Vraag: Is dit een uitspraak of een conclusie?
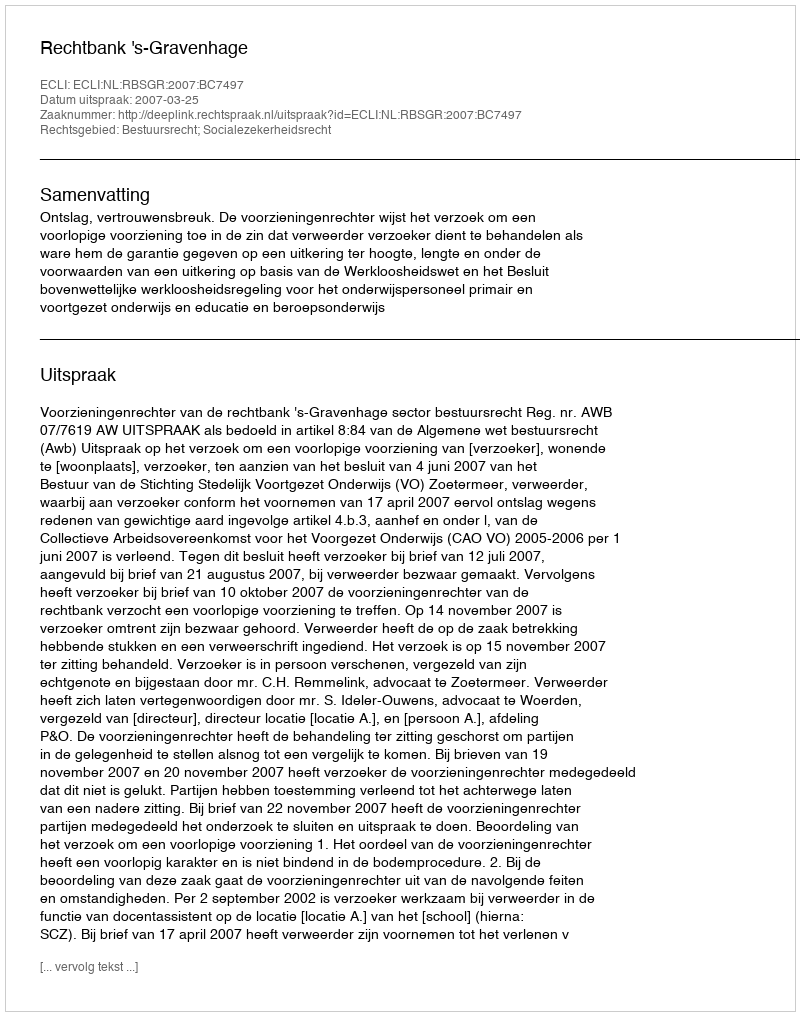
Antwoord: Uitspraak